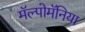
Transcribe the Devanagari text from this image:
मॅल्पोमॅनिया